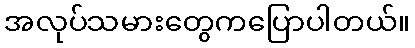
အလုပ်သမားတွေကပြောပါတယ်။